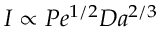
I \propto P e ^ { 1 / 2 } D a ^ { 2 / 3 }